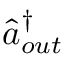
\hat { a } _ { o u t } ^ { \dagger }